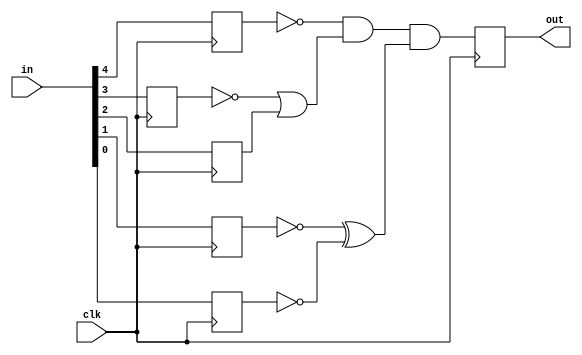
module laba11new(
    clk, 
    in, 
    out
    );
    
    input clk;
    input [4:0] in;
    reg x, y, z, k, l;
    output reg out;
    
    always @(posedge clk)
    begin
     x <= in[4];
     y <= in[3];
     z <= in[2];
     k <= in[1];
     l <= in[0];
     out <= (~x & (~y | z)) & (~k ^ ~l);
     end

endmodule